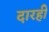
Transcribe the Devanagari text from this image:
दारही